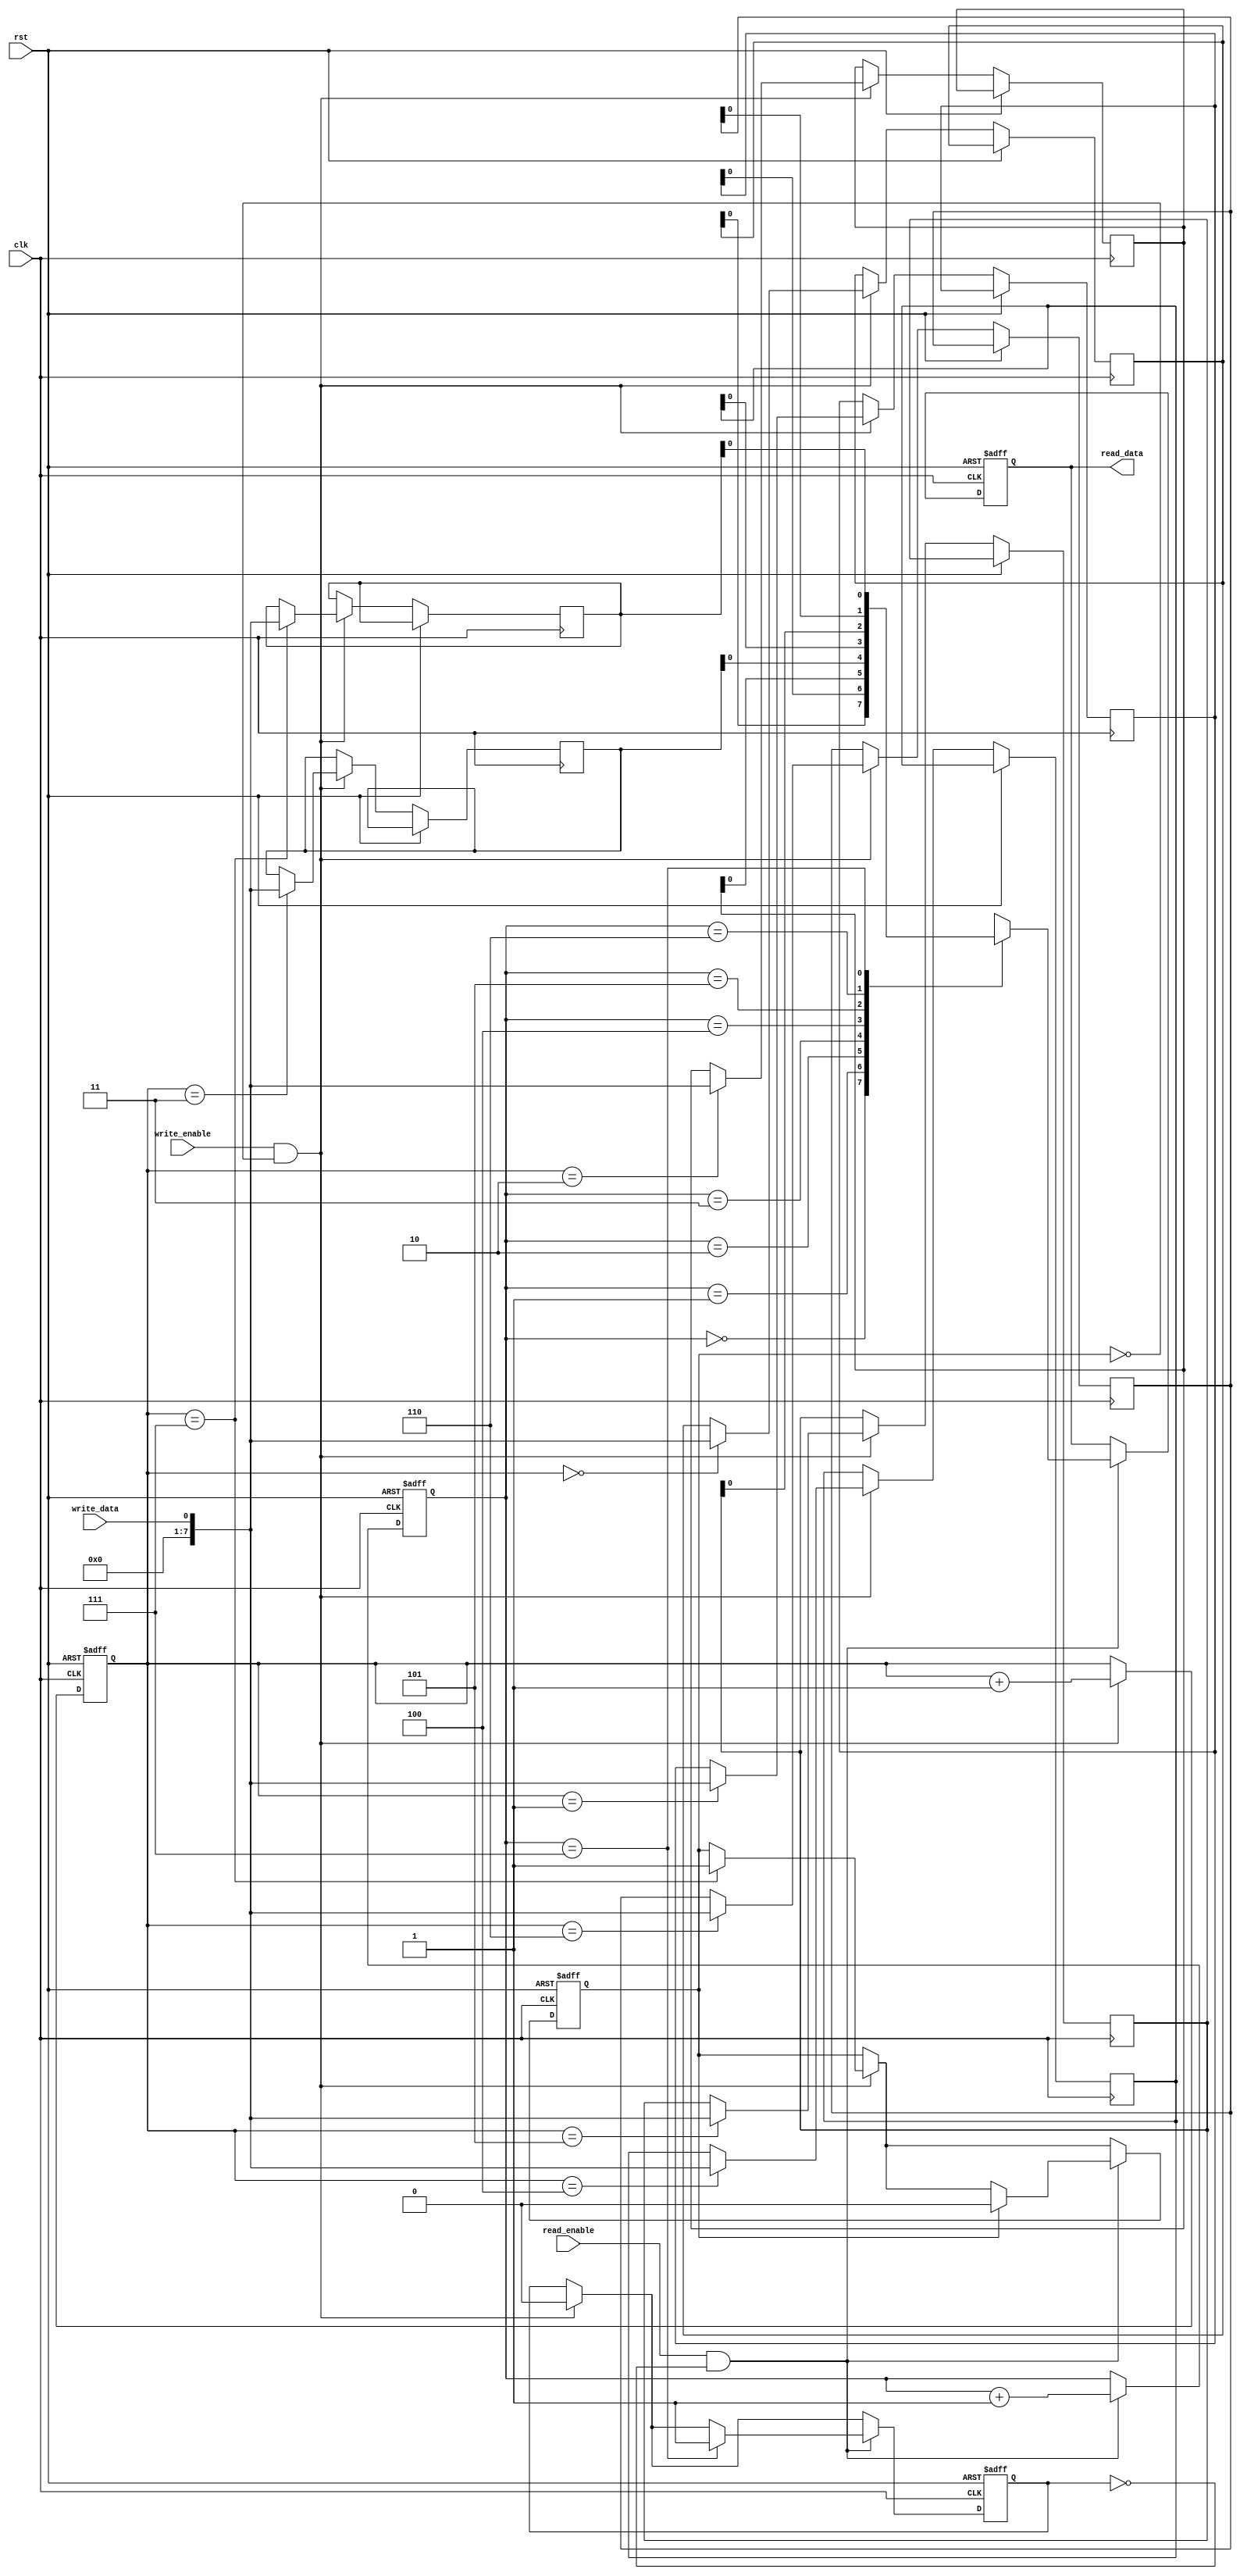
module fifo_buffer (
    input clk,
    input rst,
    input write_data,
    input write_enable,
    output reg read_data,
    input read_enable
);

reg [7:0] buffer [0:7];
reg [2:0] read_pointer;
reg [2:0] write_pointer;
reg full;
reg empty;

always @ (posedge clk or posedge rst) begin
    if (rst) begin
        read_data <= 8'b0;
        read_pointer <= 3'b0;
        write_pointer <= 3'b0;
        full <= 1'b0;
        empty <= 1'b1;
    end else begin
        if (write_enable && !full) begin
            buffer[write_pointer] <= write_data;
            write_pointer <= write_pointer + 1;
            if (write_pointer == 3'b111) begin
                full <= 1'b1;
            end
            if (empty) begin
                empty <= 1'b0;
            end
        end
        
        if (read_enable && !empty) begin
            read_data <= buffer[read_pointer];
            read_pointer <= read_pointer + 1;
            if (read_pointer == 3'b111) begin
                empty <= 1'b1;
            end
            if (full) begin
                full <= 1'b0;
            end
        end
    end
end

endmodule